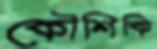
কৌশিকি